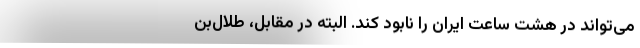
می‌تواند در هشت ساعت ایران را نابود کند. البته در مقابل، طلال‌بن